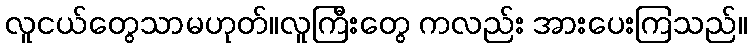
လူငယ်တွေသာမဟုတ်။လူကြီးတွေ ကလည်း အားပေးကြသည်။